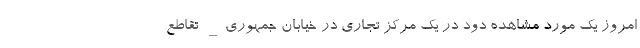
امروز یک مورد مشاهده دود در یک مرکز تجاری در خیابان جمهوری_ تقاطع